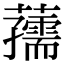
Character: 𧃨